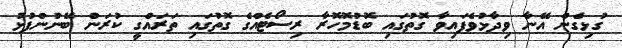
ގުޅިގެން އޭނާ ވިދާޅުވެފައިވާ ގޮތުގައި ބޮޑުމޮހޮރާ ރިސޯޓެއްގެ ގޮތުގައި ތަރައްގީ ކުރަން ބޭނުންފުޅު